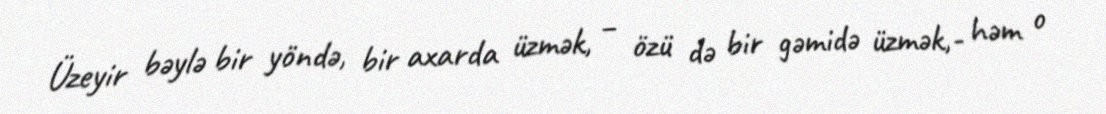
Üzeyir bəylə bir yöndə, bir axarda üzmək, – özü də bir gəmidə üzmək,- həm o